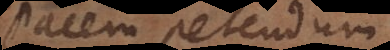
Pacem petendum